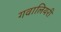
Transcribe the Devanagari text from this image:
गवालियरी